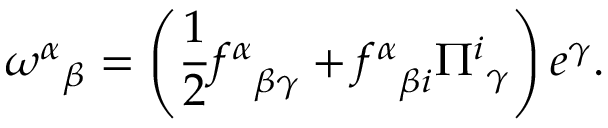
{ \omega ^ { \alpha } } _ { \beta } = \left( { \frac { 1 } { 2 } } { f ^ { \alpha } } _ { \beta \gamma } + { f ^ { \alpha } } _ { \beta i } { \Pi ^ { i } } _ { \gamma } \right) e ^ { \gamma } .